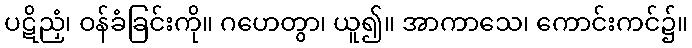
ပဋိညှံ၊ ဝန်ခံခြင်းကို။ ဂဟေတွာ၊ ယူ၍။ အာကာသေ၊ ကောင်းကင်၌။